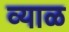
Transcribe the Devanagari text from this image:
व्याळ